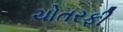
ચોતરફી